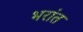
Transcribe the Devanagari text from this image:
भरांत